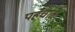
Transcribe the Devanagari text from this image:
पहँचाते